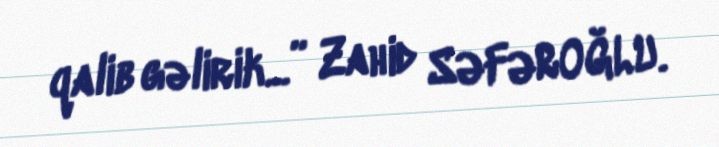
qalib gəlirik...” Zahid SƏFƏROĞLU.